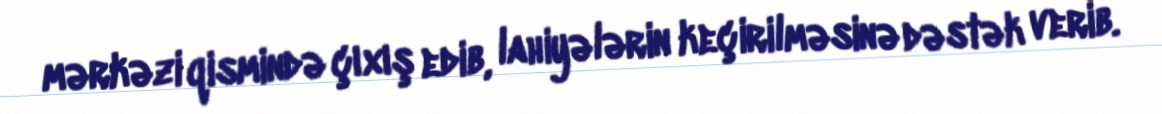
mərkəzi qismində çıxış edib, lahiyələrin keçirilməsinə dəstək verib.